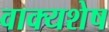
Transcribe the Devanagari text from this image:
वाक्यशेष